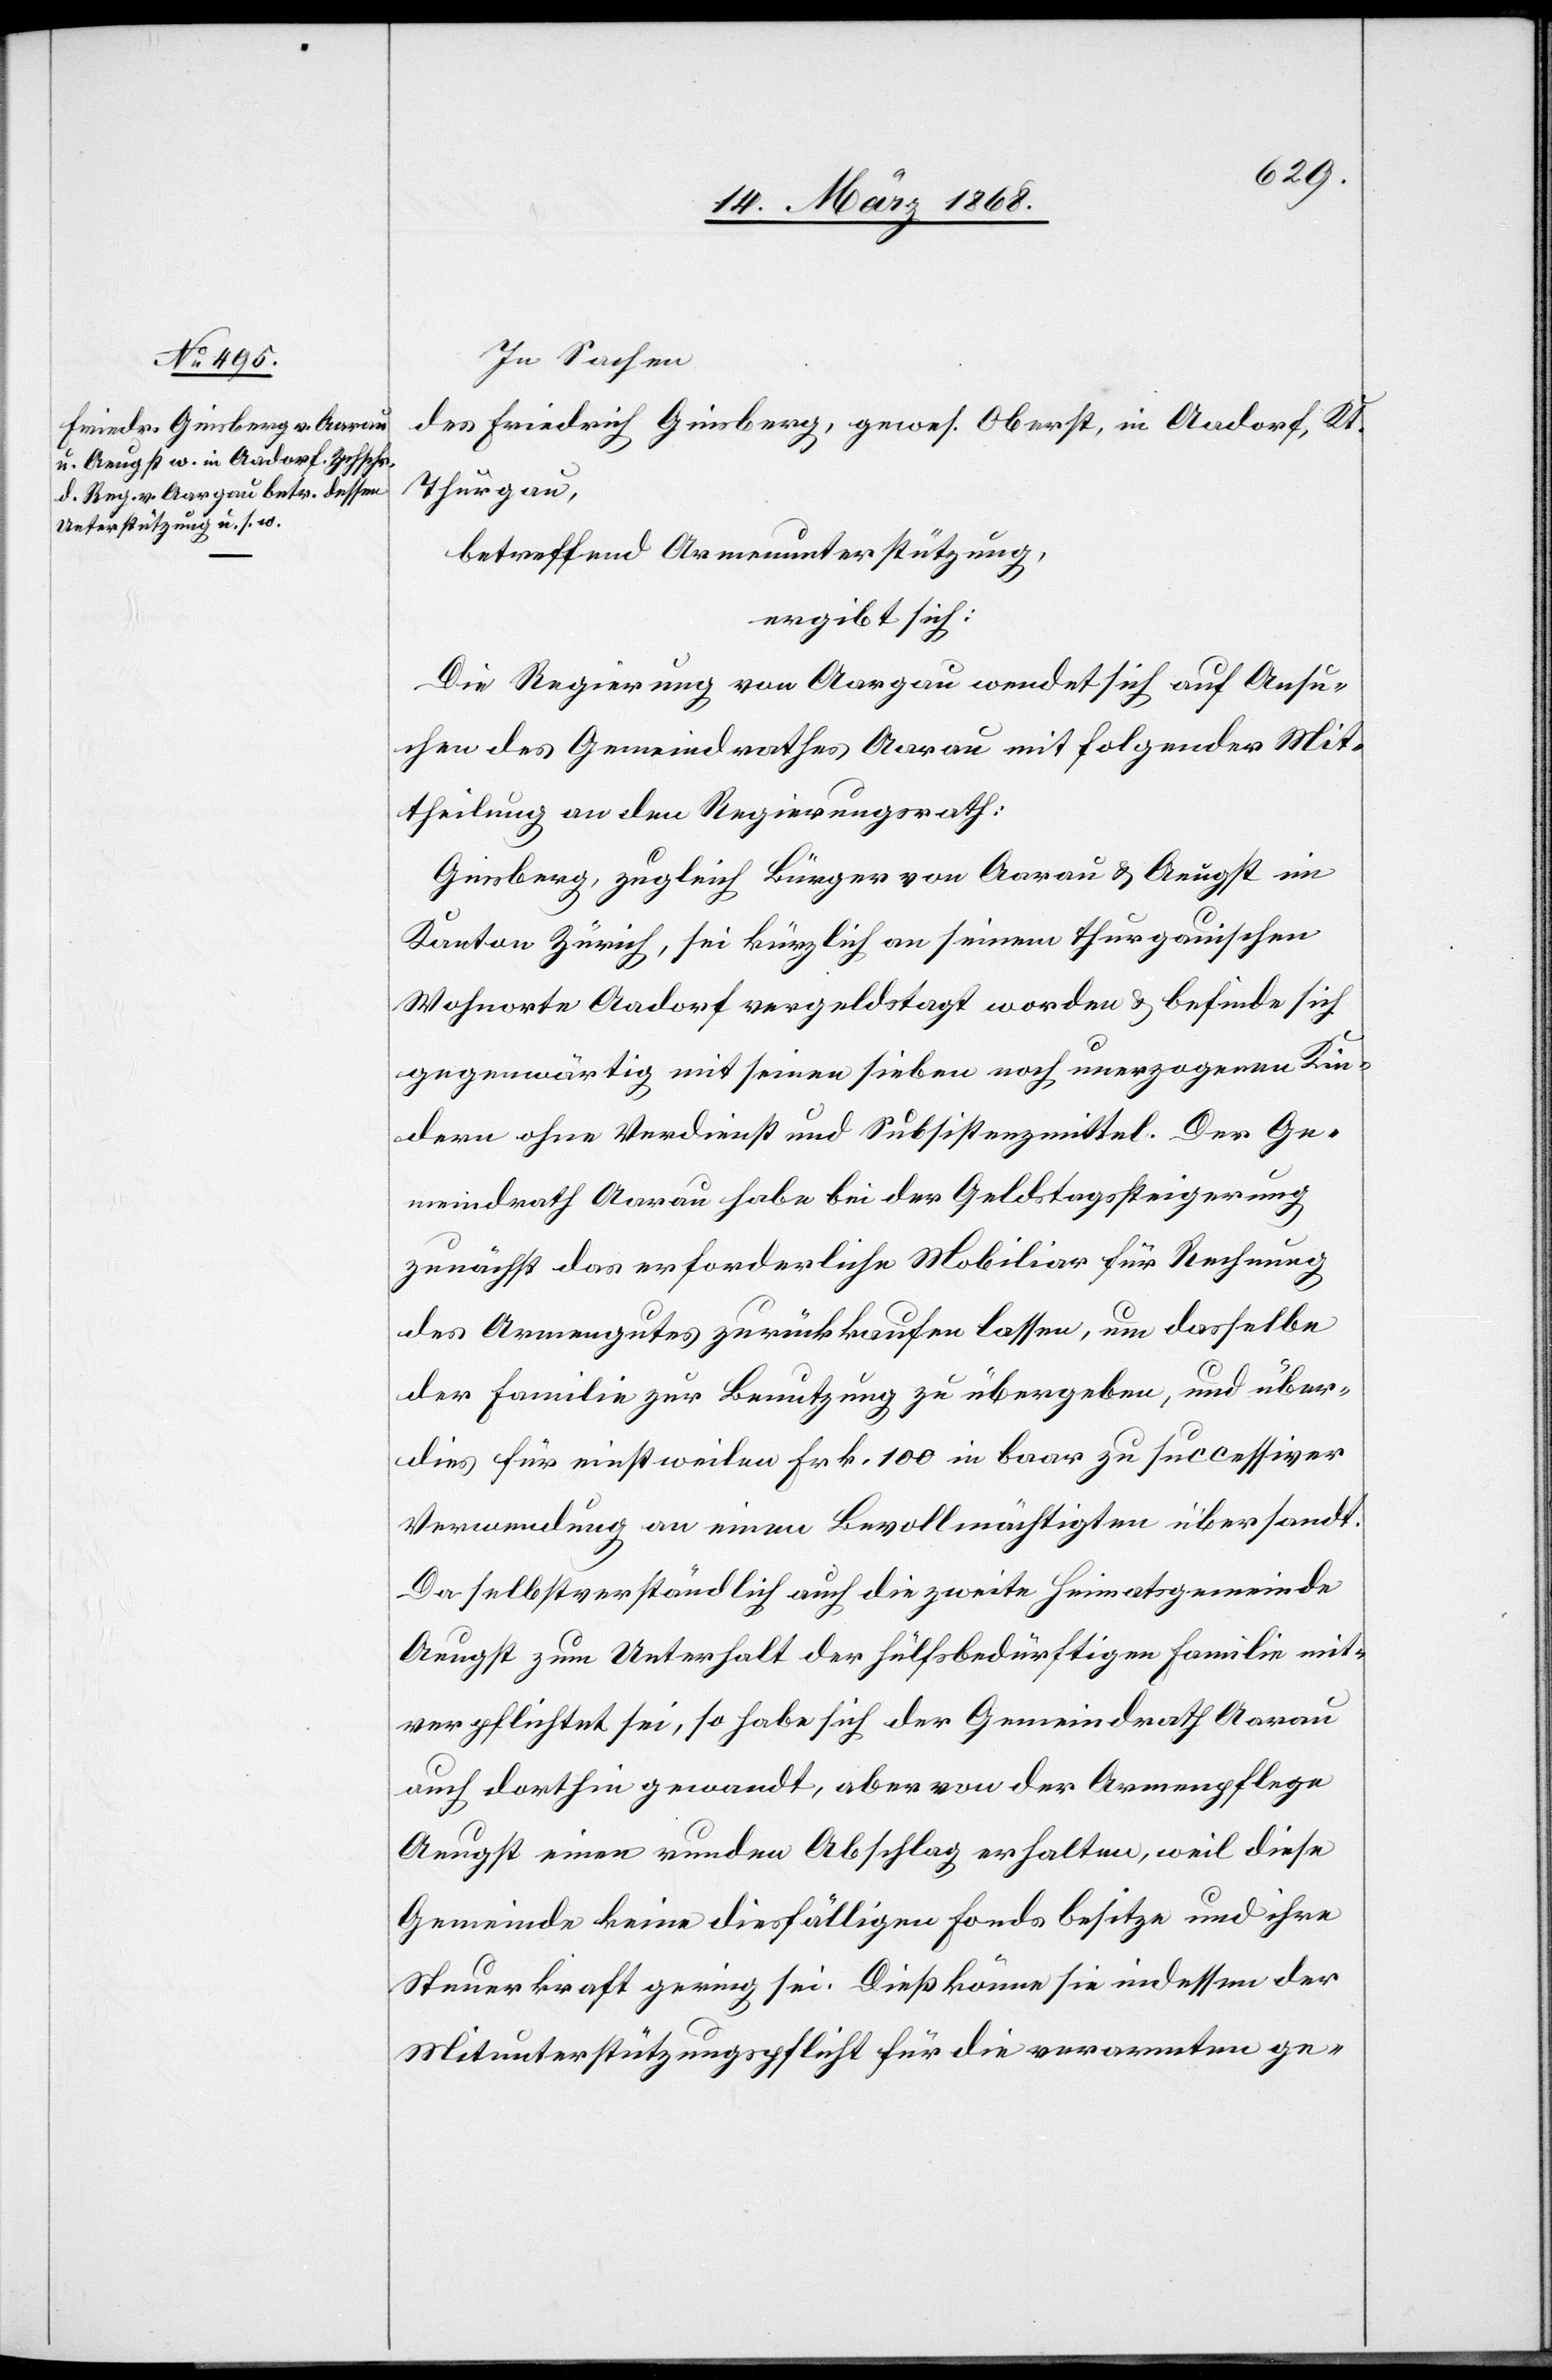
In Sachen
des Friedrich Ginsberg, gewes. Oberst, in Aadorf, Kt.
Thurgau,
betreffend Armenunterstützung,
ergibt sich:
Die Regierung von Aargau wendet sich auf Ansu¬
chen des Gemeindrathes Aarau mit folgender Mit¬
theilung an den Regierungsrath:
Ginsberg, zugleich Bürger von Aarau & Aeugst im
Kanton Zürich, sei kürzlich an seinem thurgauischen
Wohnorte Aadorf vergeldstagt worden & befinde sich
gegenwärtig mit seinen sieben noch unerzogenen Kin¬
dern ohne Verdienst und Subsistenzmittel. Der Ge¬
meindrath Aarau habe bei der Geldstagssteigerung
zunächst das erforderliche Mobiliar für Rechnung
des Armengutes zurückkaufen lassen, um dasselbe
der Familie zur Benutzung zu übergeben, und über¬
dies für einstweilen Frk. 100 in baar zu successiver
Verwendung an einen Bevollmächtigten übersandt.
Da selbstverständlich auch die zweite Heimatsgemeinde
Aeugst zum Unterhalt der hülfsbedürftigen Familie mit¬
verpflichtet sei, so habe sich der Gemeindrath Aarau
auch dorthin gewandt, aber von der Armenpflege
Aeugst einen runden Abschlag erhalten, weil diese
Gemeinde keine diesfälligen Fonds besitze und ihre
Steuerkraft gering sei. Dieß könne sie indessen der
Mitunterstützungspflicht für die verarmten ge-